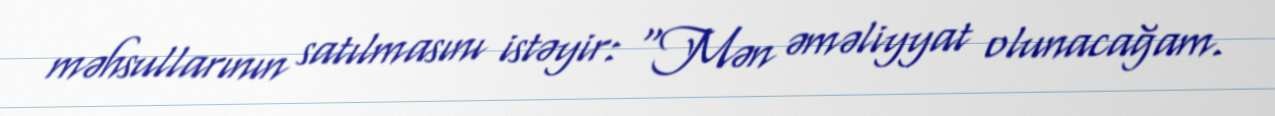
məhsullarının satılmasını istəyir: "Mən əməliyyat olunacağam.